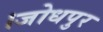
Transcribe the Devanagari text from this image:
।जोधपुर